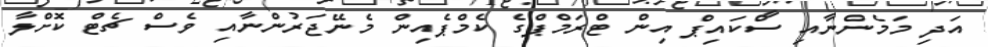
އަދި މަމެންނާއި ސްކައިޕް އިން ޓްރަމްޕްގެ ކެމްޕެއިން މެނޭޖަރުންނާއި ވެސް ޗެޓް ކޮށްލާ